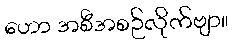
ဟော အစီအစဉ်လိုက်ဗျာ။